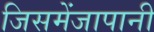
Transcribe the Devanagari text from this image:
जिसमेंजापानी